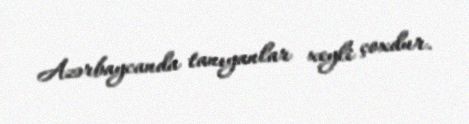
Azərbaycanda tanıyanlar xeyli çoxdur.